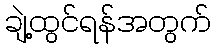
ချဲ့ထွင်ရန်အတွက်